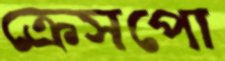
ক্রেসপো